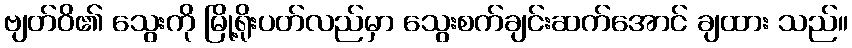
ဗျတ်ဝိ၏ သွေးကို မြို့ရိုးပတ်လည်မှာ သွေးစက်ချင်းဆက်အောင် ချထား သည်။